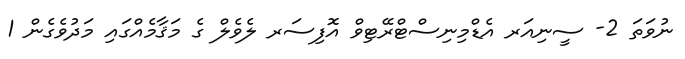
ނުވަތަ 2- ސީނިއަރ އެޑްމިނިސްޓްރޭޓިވް އޮފިސަރ ލެވެލް ގެ މަޤާމެއްގައި މަދުވެގެން 1